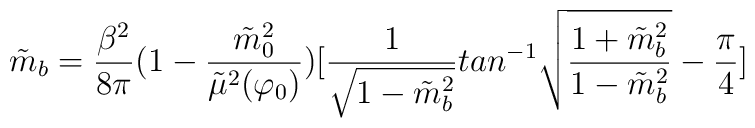
\tilde{m}_b={\frac {\beta^2}{8\pi}}    (1-{\frac {\tilde{m}_0^2}{\tilde{\mu}^2(\varphi_0)}})   [{\frac {1}{\sqrt{1-\tilde{m}_b^2}}}   tan^{-1}\sqrt{{\frac {1+\tilde{m}_b^2}{1-\tilde{m}_b^2}}}   -{\frac {\pi}{4}}]